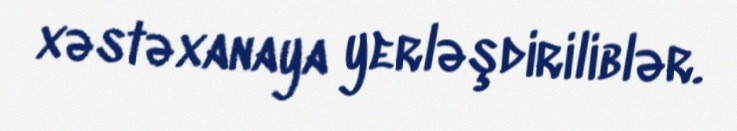
xəstəxanaya yerləşdiriliblər.